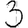
Digit: 3